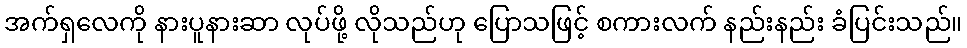
အက်ရှလေကို နားပူနားဆာ လုပ်ဖို့ လိုသည်ဟု ပြောသဖြင့် စကားလက် နည်းနည်း ခံပြင်းသည်။